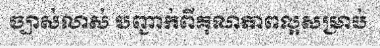
ច្បាស់លាស់ បញ្ជាក់ពីគុណភាពល្អសម្រាប់